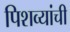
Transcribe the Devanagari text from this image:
पिशव्यांची